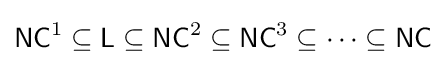
{\mathsf {NC}}^{1}\subseteq {\mathsf {L}}\subseteq {\mathsf {NC}}^{2}\subseteq {\mathsf {NC}}^{3}\subseteq \dots \subseteq {\mathsf {NC}}